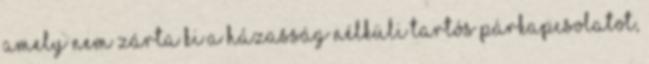
amely nem zárta ki a házasság nélküli tartós párkapcsolatot,